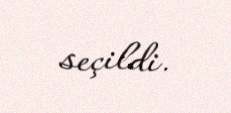
seçildi.